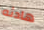
هادئه